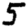
Digit: 5